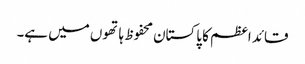
قائد اعظم کا پاکستان محفوظ ہاتھوں میں ہے۔